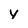
Character: Y